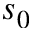
s _ { 0 }